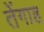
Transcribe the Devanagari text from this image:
तेंगाह